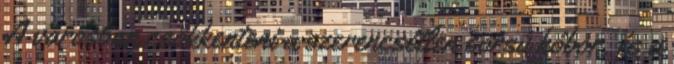
A városban csökkenteni a szerencsétlen sorsú kóbor, és a